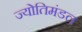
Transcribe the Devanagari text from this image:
ज्योतिमंडल